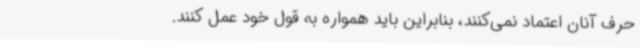
حرف آنان اعتماد نمی‌کنند، بنابراین باید همواره به قول خود عمل کنند.